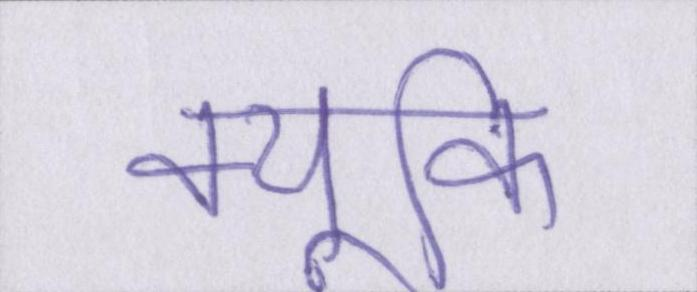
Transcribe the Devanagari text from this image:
क्यूंकि